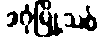
ဒဂုံမြို့သစ်